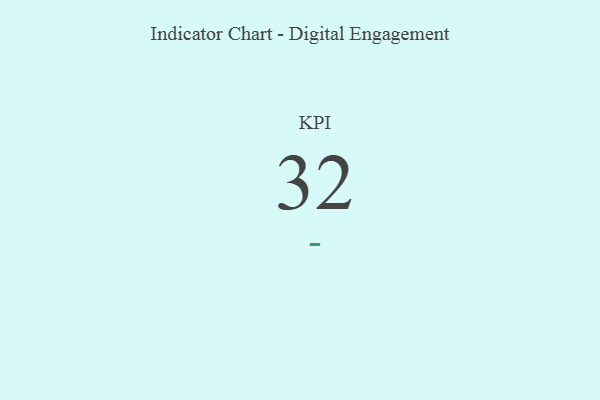
{"axis": {"x": "KPI", "y": "Value"}, "legend": [""], "data": [{"x": "KPI", "y": 32, "type": ""}]}